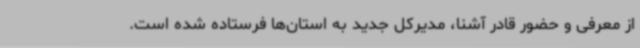
از معرفی و حضور قادر آشنا، مدیرکل جدید به استان‌ها فرستاده شده است.